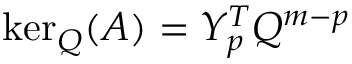
\ker _ { Q } ( A ) = Y _ { p } ^ { T } Q ^ { m - p }